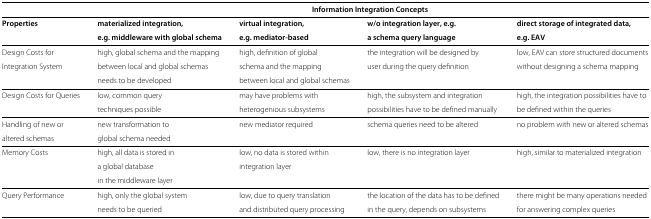
<table><thead><tr><td></td><td colspan="4"><b>Information Integration Concepts</b></td></tr><tr><td><b>Properties</b></td><td><b>materialized integration,</b></td><td><b>virtual integration,</b></td><td><b>w/o integration layer, e.g.</b></td><td><b>direct storage of integrated data,</b></td></tr><tr><td></td><td><b>e.g. middleware with global schema</b></td><td><b>e.g. mediator-based</b></td><td><b>a schema query language</b></td><td><b>e.g. EAV</b></td></tr></thead><tbody><tr><td>Design Costs for</td><td>high, global schema and the mapping</td><td>high, definition of global</td><td>the integration will be designed by</td><td>low, EAV can store structured documents</td></tr><tr><td>Integration System</td><td>between local and global schemas</td><td>schema and the mapping</td><td>user during the query definition</td><td>without designing a schema mapping</td></tr><tr><td></td><td>needs to be developed</td><td>between local and global schemas</td><td></td><td></td></tr><tr><td>Design Costs for Queries</td><td>low, common query</td><td>may have problems with</td><td>high, the subsystem and integration</td><td>high, the integration possibilities have to</td></tr><tr><td></td><td>techniques possible</td><td>heterogenious subsystems</td><td>possibilities have to be defined manually</td><td>be defined within the queries</td></tr><tr><td>Handling of new or</td><td>new transformation to</td><td>new mediator required</td><td>schema queries need to be altered</td><td>no problem with new or altered schemas</td></tr><tr><td>altered schemas</td><td>global schema needed</td><td></td><td></td><td></td></tr><tr><td>Memory Costs</td><td>high, all data is stored in</td><td>low, no data is stored within</td><td>low, there is no integration layer</td><td>high, similar to materialized integration</td></tr><tr><td></td><td>a global database</td><td>integration layer</td><td></td><td></td></tr><tr><td></td><td>in the middleware layer</td><td></td><td></td><td></td></tr><tr><td>Query Performance</td><td>high, only the global system</td><td>low, due to query translation</td><td>the location of the data has to be defined</td><td>there might be many operations needed</td></tr><tr><td></td><td>needs to be queried</td><td>and distributed query processing</td><td>in the query, depends on subsystems</td><td>for answering complex queries</td></tr></tbody></table>